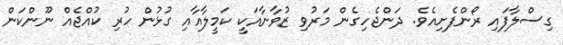
ގިސްލާފައި ރޯންފެށިއެވެ. ދަންޖެހިގެން މަރުވި ޒުވާނާއަކީ ކަމީލާއާއި ގުޅުން ހުރި ކުއްޖެއް ނޫންކަން